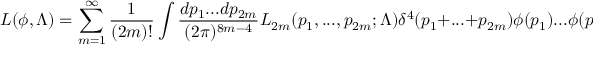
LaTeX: L ( \phi , \Lambda ) = \sum _ { m = 1 } ^ { \infty } { \frac { 1 } { ( 2 m ) ! } } \int { \frac { d p _ { 1 } . . . d p _ { 2 m } } { ( 2 \pi ) ^ { 8 m - 4 } } } L _ { 2 m } ( p _ { 1 } , . . . , p _ { 2 m } ; \Lambda ) \delta ^ { 4 } ( p _ { 1 } + . . . + p _ { 2 m } ) \phi ( p _ { 1 } ) . . . \phi ( p _ { 2 m } )